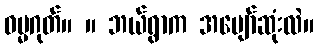
ဓမ္မဂုတ်။ ။ ဘယ်ရွာက အပျော်ဆုံးလဲ။